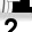
Digit: 2